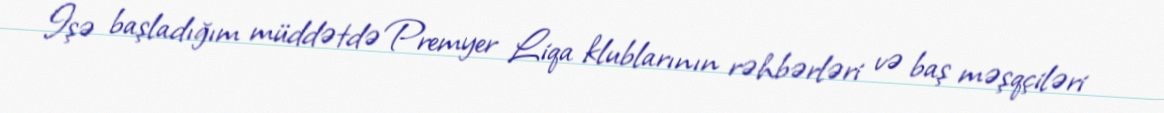
İşə başladığım müddətdə Premyer Liqa klublarının rəhbərləri və baş məşqçiləri